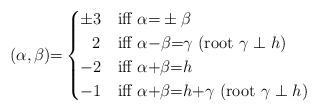
LaTeX: \begin{align*}(\alpha, \beta){=} \begin{cases}{\pm}3 &\mbox{iff}\ \alpha{=}\pm\beta \\\;\;\,2 &\mbox{iff}\ \alpha{-}\beta{=}\gamma\ (\mbox{root}\ \gamma\perp h)\\{-}2 &\mbox{iff}\ \alpha{+}\beta{=}h \\{-}1 &\mbox{iff}\ \alpha{+}\beta{=}h{+}\gamma\ (\mbox{root}\ \gamma\perp h)\end{cases}\end{align*}